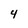
Character: 4